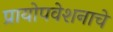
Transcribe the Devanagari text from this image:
प्रायोपवेशनाचे